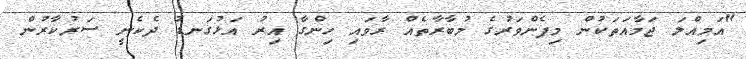
"އަމިއްލަ ޖަމާއަތަކުން މިފެންވަރުގެ މުބާރާތެއް ރާވައި ހިންގާ އިރު އަޅުގަނޑު ދެކެނީ ސަރުކާރުން